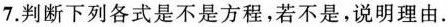
7.判断下列各式是不是方程，若不是，说明理由.